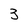
Character: 3